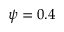
\psi = 0 . 4